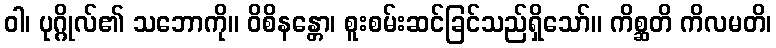
ဝါ၊ ပုဂ္ဂိုလ်၏ သဘောကို။ ဝိစိနန္တော၊ စူးစမ်းဆင်ခြင်သည်ရှိသော်။ ကိစ္ဆတိ ကိလမတိ၊